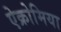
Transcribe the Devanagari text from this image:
ऐक्रोमिया